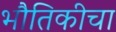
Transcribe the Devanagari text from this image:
भौतिकीचा